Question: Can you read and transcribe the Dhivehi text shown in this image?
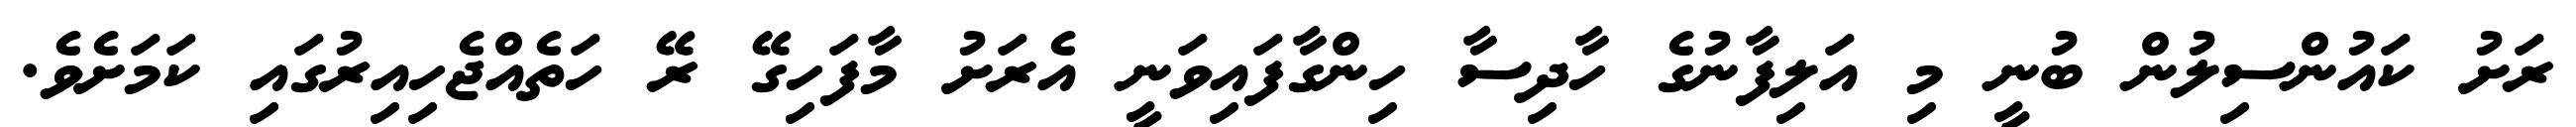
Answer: ރަށު ކައުންސިލުން ބުނީ މި އަލިފާނުގެ ހާދިސާ ހިންގާފައިވަނީ އެރަށު މާފަހިގޭ ރޭ ހަތެއްޖެހިއިރުގައި ކަމަށެވެ.